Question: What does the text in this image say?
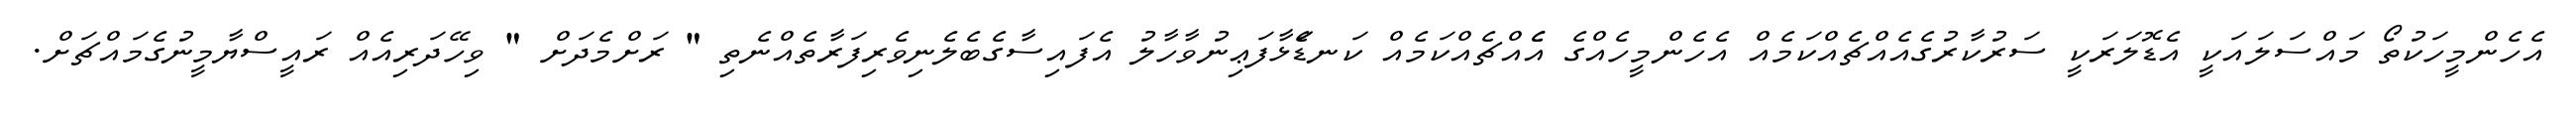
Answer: އެހެންމީހަކުތޯ މައްސަލައަކީ އެޑޮލަރަކީ ސަރުކާރުގެއެއްޗެއްކަމެއް އެހެންމީހެއްގެ އެެއްޗެއްކަމެއް ކަނޑަެަޅާފަޢިނުވާހާލު އެފައިސާގެބެލެނިވެރިފަރާތެއްނެތި " ރަށްމެދަށް " ވިހޭދަރިއެއް ރައީސްޔާމީނުގެމައްޗަށް.